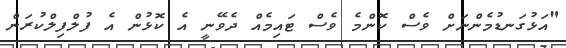
"އަޅުގަނޑުމެންނަށް ވެސް ކޮންމެ ވެސް ޓައިމެއް ދެވޭނީ އެ ކޮޅުން އެ ފުލްފިލްކުރަން